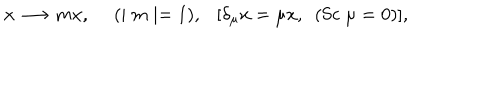
LaTeX: x \longrightarrow m x , ~ ~ ( \mid m \mid = 1 ) , [ \delta _ { \mu } x = \mu x , ~ ~ ( \mathrm { S c } ~ \mu = 0 ) ] ,